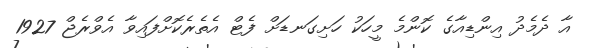
އާ ދެމެދު އިންޑިއާގެ ކޮންމެ މީހަކު ހަށިގަނޑަށް ފެޓް އެތެރެކޮށްފައިވާ އެވްރެޖް 1927